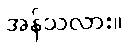
အန်သလား။